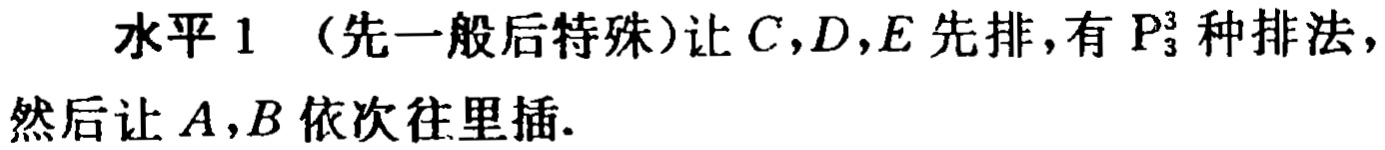
水平 1 （先一般后特殊）让 \(C,D,E\) 先排，有 \(P_{3}^{3}\) 种排法，然后让 \(A,B\) 依次往里插.